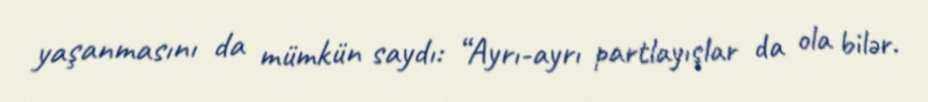
yaşanmasını da mümkün saydı: “Ayrı-ayrı partlayışlar da ola bilər.